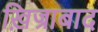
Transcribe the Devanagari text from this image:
ख़िज्राबाद